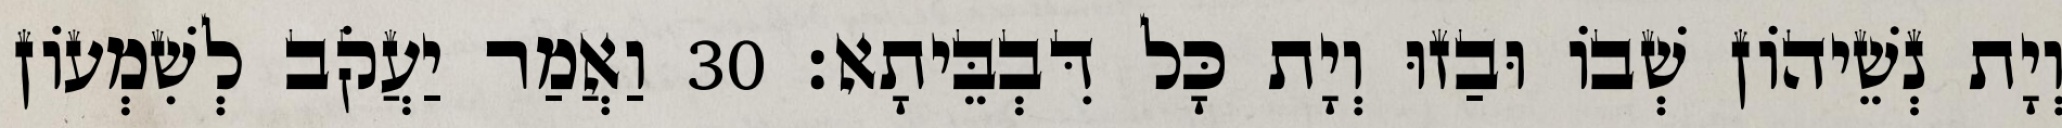
וְיָת נְשֵׁיהוֹן שְׁבוֹ וּבַזוּ וְיָת כָּל דִּבְבֵּיתָא׃ 30 וַאֲמַר יַעֲקֹב לְשִׁמְעוֹן